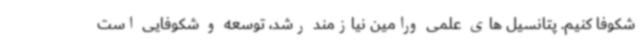
شکوفا کنیم. پتانسیل های علمی ورامین نیازمند رشد، توسعه و شکوفایی است